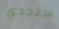
ستجدي